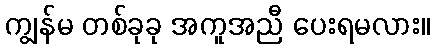
ကျွန်မ တစ်ခုခု အကူအညီ ပေးရမလား။